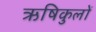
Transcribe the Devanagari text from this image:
ऋषिकुलों